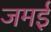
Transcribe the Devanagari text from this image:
जमई